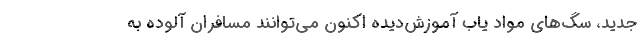
جدید، سگ‌های مواد یاب آموزش‌دیده اکنون می‌توانند مسافران آلوده به